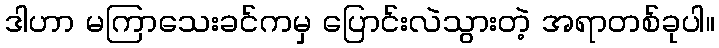
ဒါဟာ မကြာသေးခင်ကမှ ပြောင်းလဲသွားတဲ့ အရာတစ်ခုပါ။